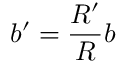
b ^ { \prime } = \frac { R ^ { \prime } } { R } b